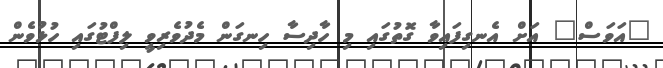
"އަވަސް" އަށް އެނގިފައިވާ ގޮތުގައި މި ހާދިސާ ހިނގަން މެދުވެރިވީ ލިފްޓުގައި ހުޅުވެން